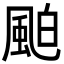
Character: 𩗀